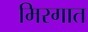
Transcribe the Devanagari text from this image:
मिरगात